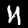
Digit: 4